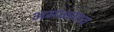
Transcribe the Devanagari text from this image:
अमळगाव